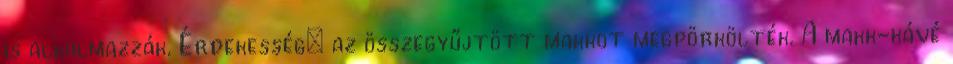
is alkalmazzák. Érdekesség: az összegyűjtött makkot megpörkölték. A makk-kávé